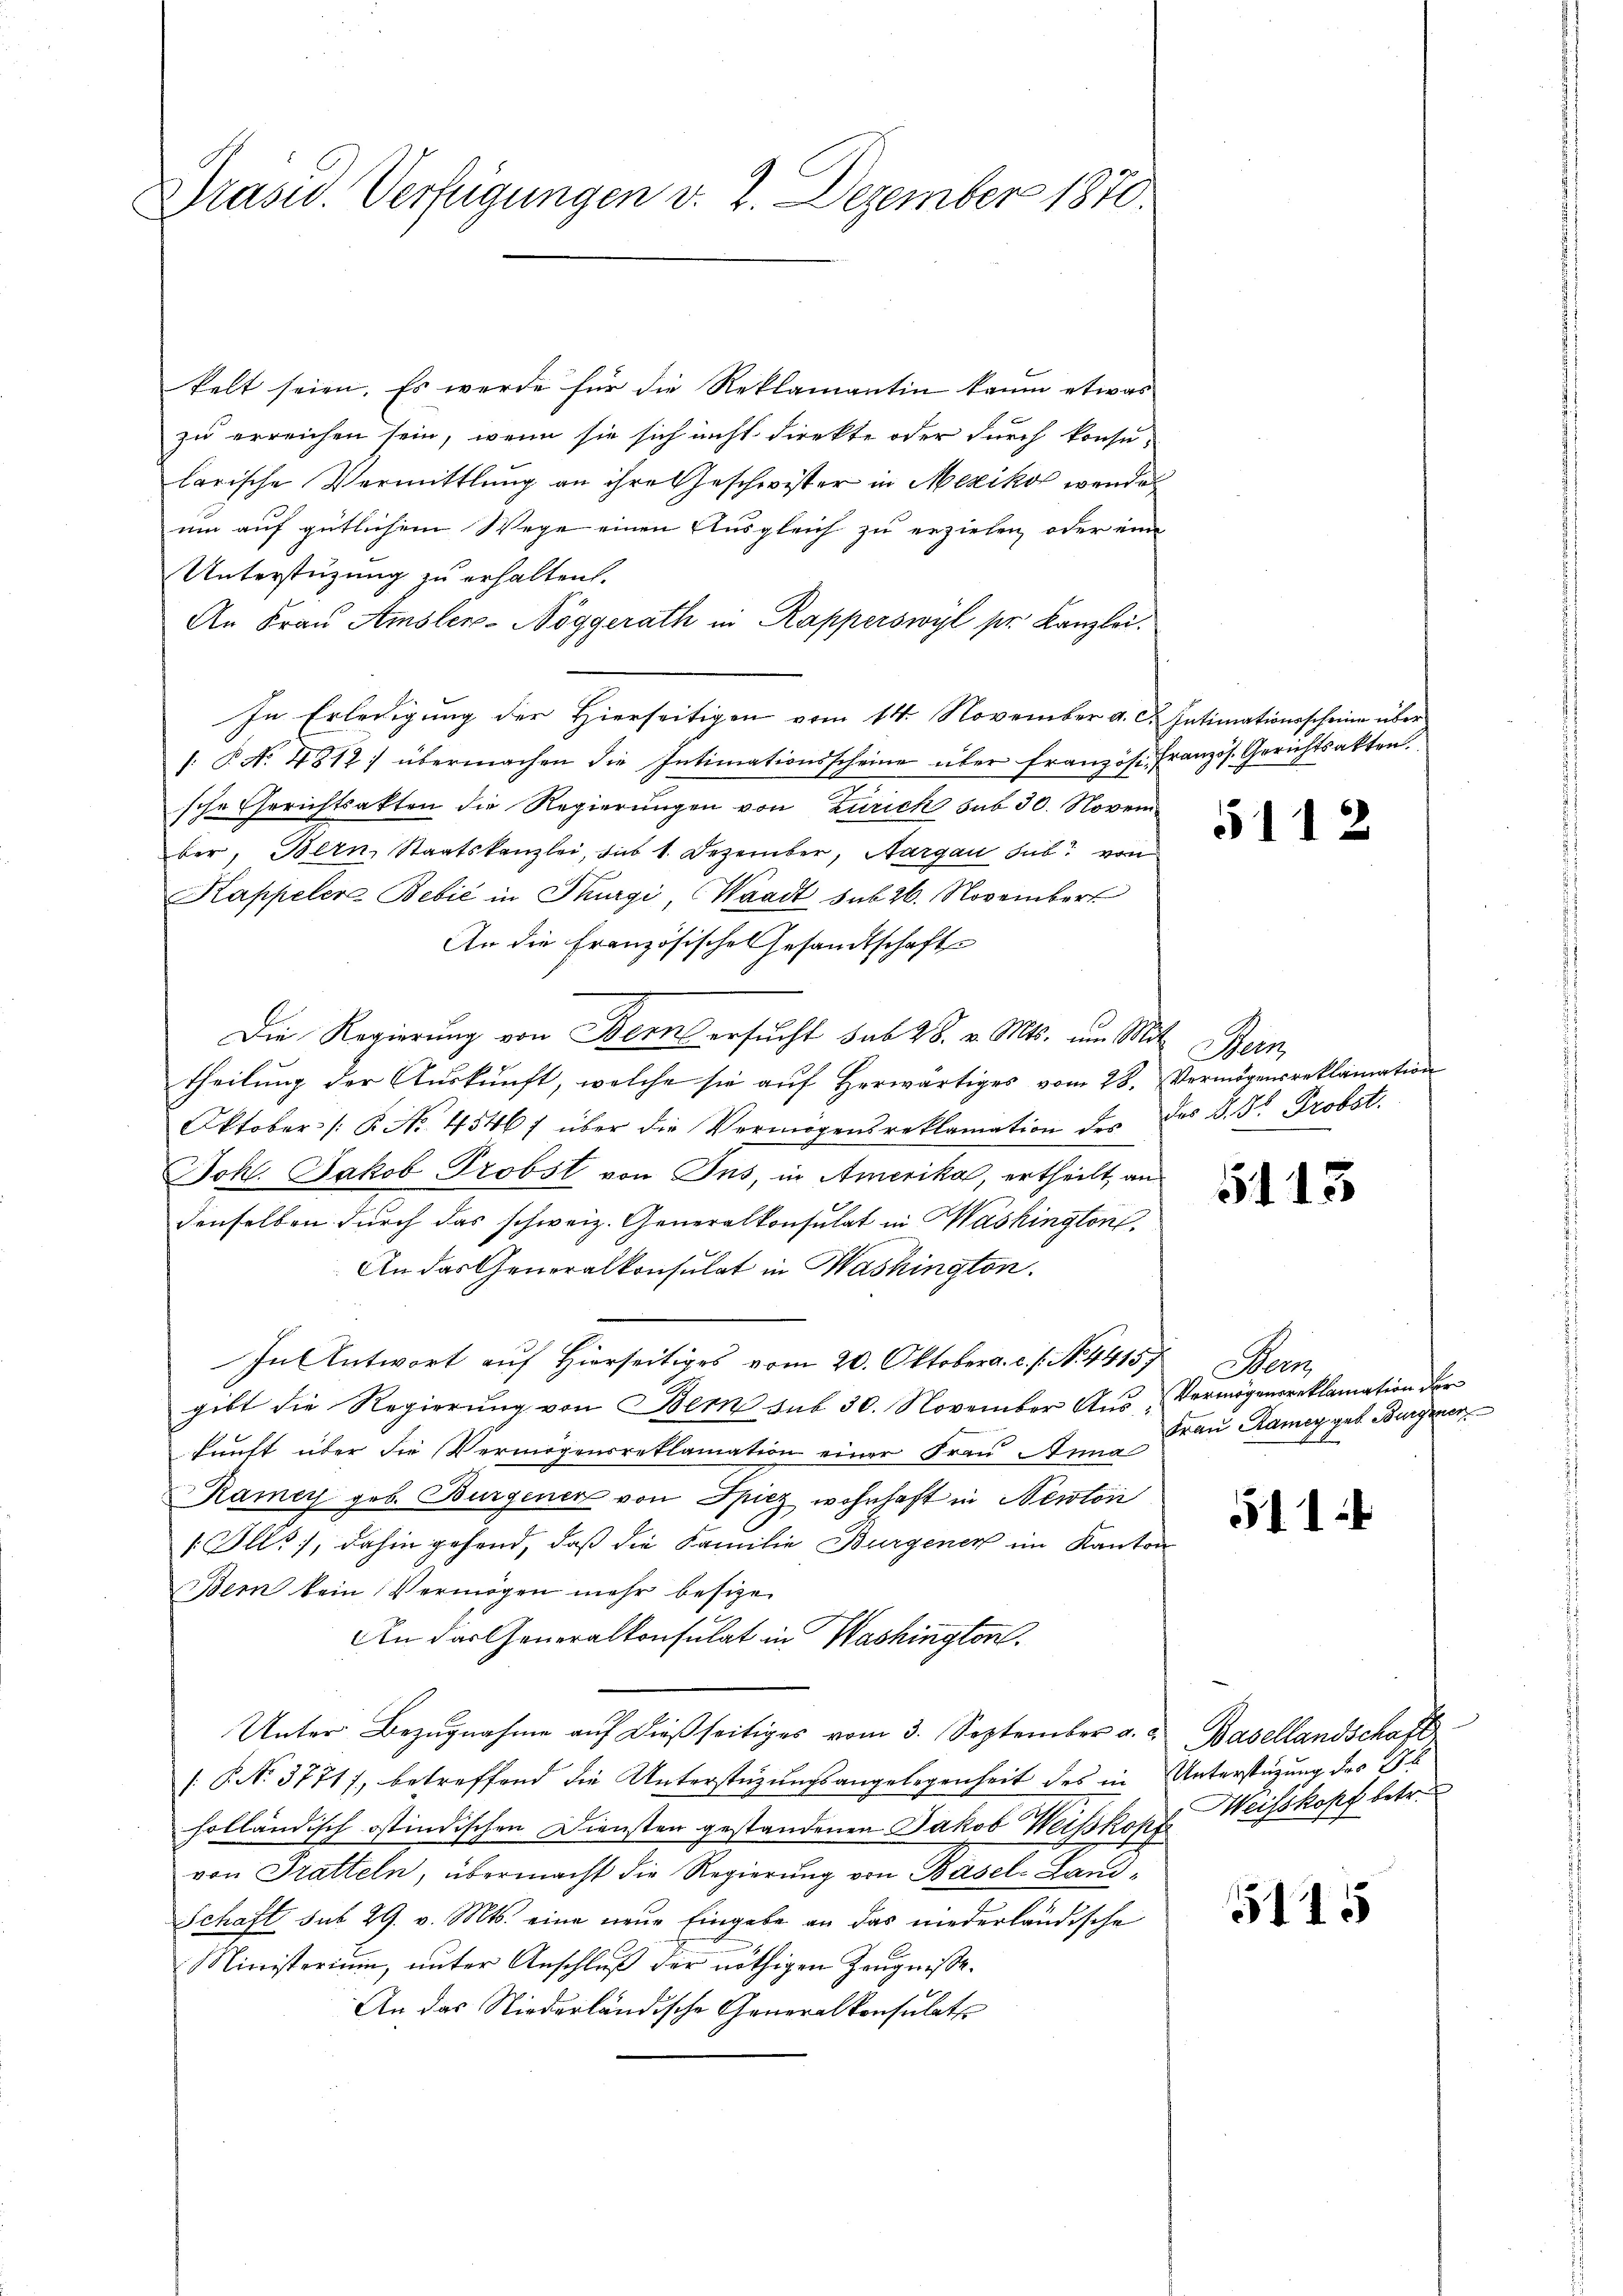
Präsid. Verfügungen v. 2. Dezember 1870.

kelt seien. Es werde für die Reklamantin kaum etwas
zu erreichen sein, wenn sie sich nicht direkte oder durch konsu-
larische Vermittlung an ihre Geschwister in Mexikos wender
um auf gütlichem Wege einen Ausgleich zu erzielen, oder eine
Unterstüzung zu erhalten.
An Frau Amsler-Nöggerath in Rapperswyl pr Kanzlei.
In Erledigung der Hierseitigen vom 14. November a. c. Intimationsscheine über
/: P. No. 4812) übermachen die Intimationsscheine über französ. Französ. Gerichtsakten.
sche Gerichtsakten die Regierungen von Zürich sub 30. Novem
ber, Bern, Staatskanzlei, das 1. Dezember, Nargau sub von
Kappeler Bebić in Thurgi, Waadt sub 26. November
An die Französische Gesandtschaft
Die Regierung von Bern ersucht sub 28. v. Mts. um Mittheilung der Auskunft, welche sie auf Herwärtiges vom 28. Vermögensreklamation
Oktober /: B. No. 4546/ über die Vermögensreklamation des des §. 3. Probst.
Joh. Jakob Probst von Jns, in Amerika, ertheilt, an
denselben durch das schweiz. Generalkonsulat in Washington,
An das Generalkonsulat in Washington.
In Antwort auf Hierseitiges vom 20. Oktobera. c. s. N. 44157
gibt die Regierŭng von Bem sub 30. November Aŭs Vermögensreklamation der
kunft über die Vermögensreklamation einer Frau Anna
Ramey geb. Burgener von Spiez wohnhaft in Newton
[Ills), dahin gehend, daß die Familie Bürgenen im Kanton
Bern kein Vermögen mehr besizen
An das Generalkonsulat in Washington.
Unter Bezŭgnahme aŭf dießseitiges vom 3. September a. a. Basellandschaft
[ P. N. 3771), betreffend die Unterstüzungsangelegenheit des in Unterstüzung des Bl
holländisch ostindischen Diensten gestandenen Jakob Weisskopf Weiskopf betr.
von Tratteln, übermacht die Regierŭng von Basel-Land-
Schaft sub 29. v. Mts. eine neue Eingabe an das niederländische
Ministerium, unter Anschluß der nöthigen Zeugnisse.
An das Niederländische Generalkonsulatss

5112

Meer

5113

Nem
Frau Ramer geb. Burgener

511.

115